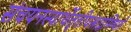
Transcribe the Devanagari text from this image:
संचयनस्यार्थेतृतीयंश्राद्धमिष्यते